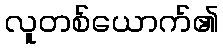
လူတစ်ယောက်၏